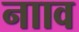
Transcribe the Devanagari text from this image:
नााव